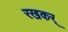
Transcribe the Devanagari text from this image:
रखकर्